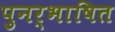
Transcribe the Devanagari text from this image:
पुनर्भाषित